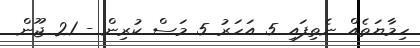
ހިމާޔަތެއް ނެތިފައި 5 އަހަރު 5 މަސް ކުރިން - 21 ޖޫން